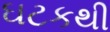
ઘટકથી